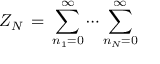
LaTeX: Z _ { N } \, = \, \sum _ { n _ { 1 } = 0 } ^ { \infty } \cdots \sum _ { n _ { N } = 0 } ^ { \infty } \,